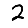
Digit: 2